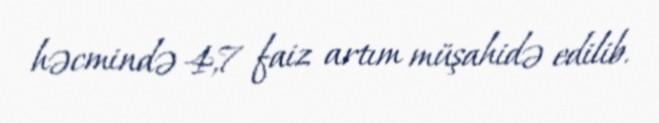
həcmində 4,7 faiz artım müşahidə edilib.